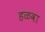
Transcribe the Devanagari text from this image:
हळवा